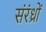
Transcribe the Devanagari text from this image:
संरंध्रों